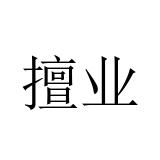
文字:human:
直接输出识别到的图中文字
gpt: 擅业